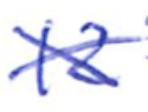
Text: 12
Cross-out: cross
Writing tool: ballpoint